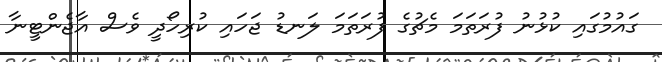
ގައުމުގައި ކުޅުނު ފުރަތަމަ މެޗުގެ ފުރަތަމަ ލަނޑު ޖަހައި ކުރިހޯދީ ވެސް އާޖެންޓީނާ